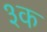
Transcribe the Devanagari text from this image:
३क